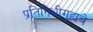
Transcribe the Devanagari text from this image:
प्रतिनिधीगृहाचे